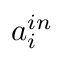
a _ { i } ^ { i n }